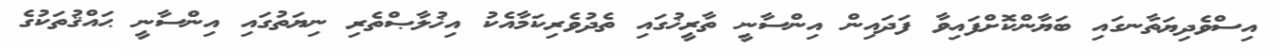
އިސްވެދިޔަތާނގައި ބަޔާންކޮށްފައިވާ ފަދައިން އިންސާނީ ތާރީޚުގައި ތެދުވެރިކަމާއެކު އިޚުލާޞްތެރި ނިޔަތުގައި އިންސާނީ ޙައްޤުތަކުގެ